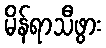
မိန်ရာသီဖွား